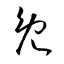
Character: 免